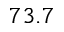
7 3 . 7